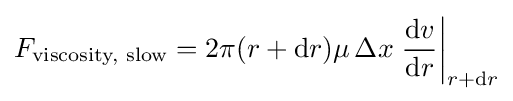
F_{\text{viscosity, slow}}=2\pi (r+\mathrm {d} r)\mu \,\Delta x\left.{\frac {\mathrm {d} v}{\mathrm {d} r}}\right|_{r+\mathrm {d} r}